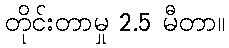
တိုင်းတာမှု 2.5 မီတာ။